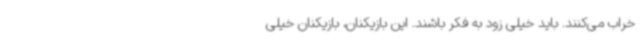
خراب می‌کنند. باید خیلی زود به فکر باشند. این بازیکنان، بازیکنان خیلی